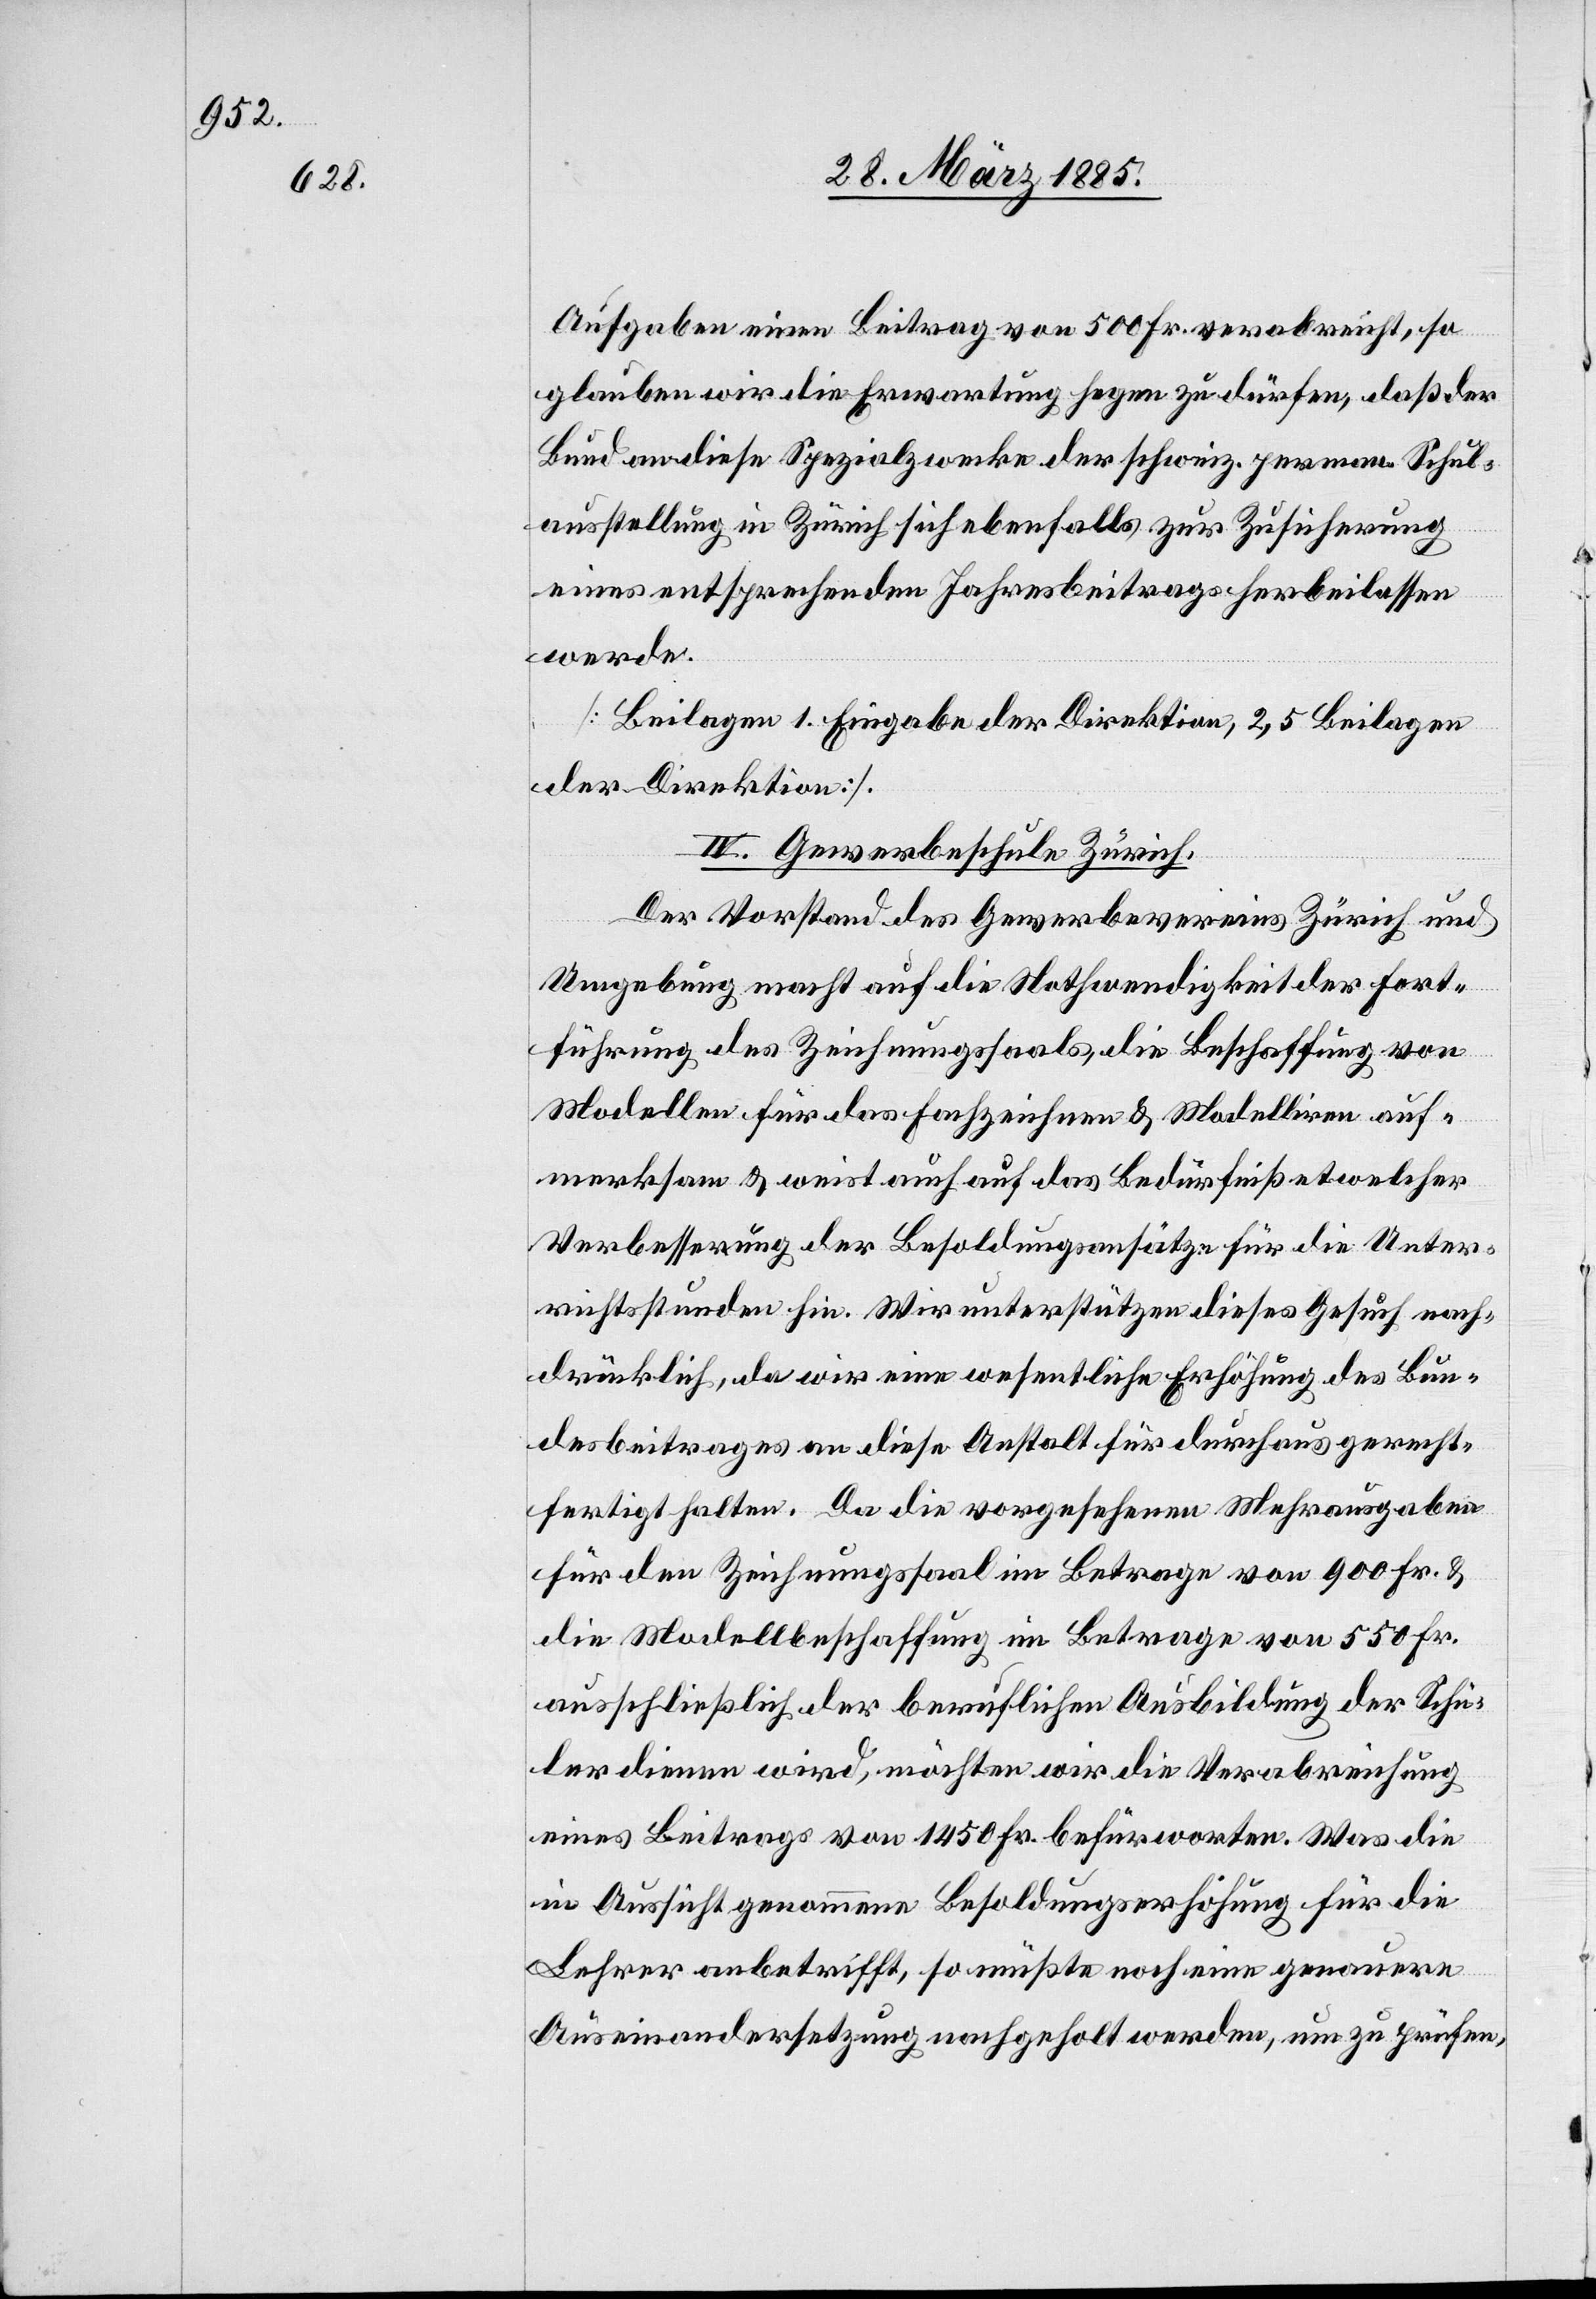
Aufgaben einen Beitrag von 500 Fr. verabreicht, so
glauben wir die Erwartung hegen zu dürfen, daß der
Bund an diese Spezialwerke der schweiz. perman. Schul¬
ausstellung in Zürich sich ebenfalls zur Zusicherung
eines entsprechenden Jahresbeitrags herbeilassen
werde.
[Beilagen 1. Eingabe der Direktion, 2, 5 Beilagen
der Direktion].
IV. Gewerbeschule Zürich.
Der Vorstand des Gewerbevereins Zürich und
Umgebung macht auf die Nothwendigkeit der Fort¬
führung des Zeichnungssaals, die Beschaffung von
Modellen für das Fachzeichnen & Modelliren auf¬
merksam & weist auch auf das Bedürfniß etwelcher
Verbesserung der Besoldungsansätze für die Unter¬
richtsstunden hin. Wir unterstützen dieses Gesuch nach¬
drücklich, da wir eine wesentliche Erhöhung des Bun¬
desbeitrages an diese Anstalt für durchaus gerecht¬
fertigt halten. Da die vorgesehenen Mehrausgaben
für den Zeichnungssaal im Betrage von 900 Fr. &
die Modellbeschaffung im Betrage von 550 Fr.
ausschließlich der beruflichen Ausbildung der Schü¬
ler dienen wird, möchten wir die Verabreichung
eines Beitrags von 1450 Fr. befürworten. Was die
in Aussicht genommene Besoldungserhöhung für die
Lehrer anbetrifft, so müßte noch eine genauere
Auseinandersetzung nachgeholt werden, um zu prüfen,